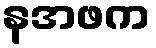
နအဖက